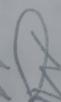
Signature authenticity: forged